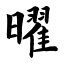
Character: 曜